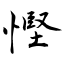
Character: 慳